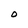
Character: O